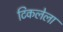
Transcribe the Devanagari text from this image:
टिकलेला